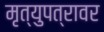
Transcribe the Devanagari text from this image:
मृत्युपत्रावर